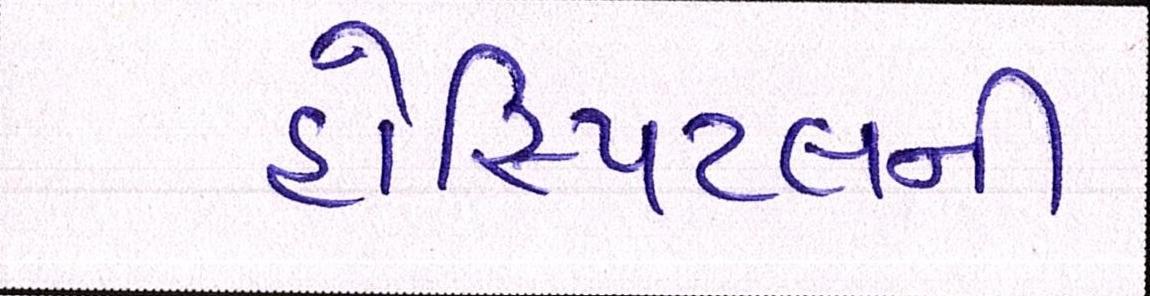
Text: હોસ્પિટલની